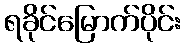
ရခိုင်မြောက်ပိုင်း